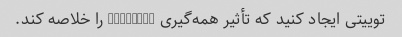
توییتی ایجاد کنید که تأثیر همه‌گیری COVID-19 را خلاصه کند.